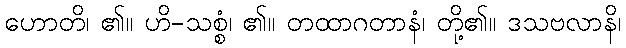
ဟောတိ၊ ၏။ ဟိ-သစ္စံ၊ ၏။ တထာဂတာနံ၊ တို့၏။ ဒသဗလာနိ၊